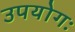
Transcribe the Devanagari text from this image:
उपयोगः